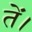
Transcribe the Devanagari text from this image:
तें।